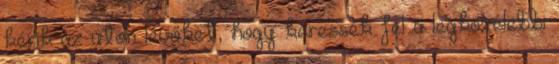
kérik az úton lévőket, hogy keressék fel a legközelebbi